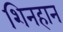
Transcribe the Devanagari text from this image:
शिनहान